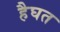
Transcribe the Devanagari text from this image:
हैघत